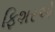
ફિશરએ